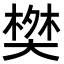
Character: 𬄀